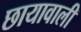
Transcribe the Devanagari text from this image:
छायावाली